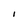
Character: I